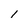
Character: 1